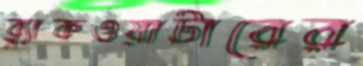
ব্ল্যাকওয়াটারের